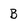
Character: B